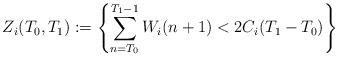
LaTeX: \begin{align*}Z_i(T_0,T_1) := \left\{\sum_{n = T_0}^{T_1-1} W_i(n+1) < 2C_i(T_1-T_0) \right\}\end{align*}